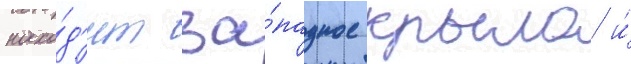
нахо́д'ит за́падное крыло и́